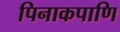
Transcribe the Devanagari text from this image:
पिनाकपाणि